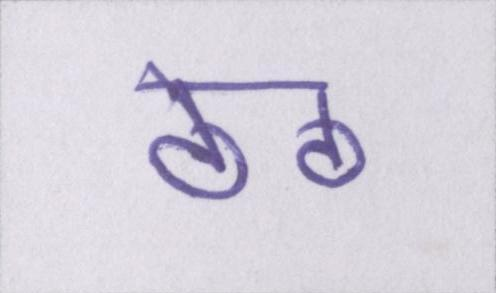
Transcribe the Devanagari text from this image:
ठेठ